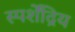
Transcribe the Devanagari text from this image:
स्पर्शेंद्रिय